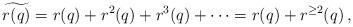
LaTeX: \begin{align*}\widetilde{r(q)}=r(q)+r^2(q)+r^3(q)+\dots=r(q)+r^{\geq2}(q)\,,\end{align*}